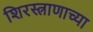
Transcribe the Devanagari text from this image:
शिरस्त्राणाच्या